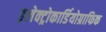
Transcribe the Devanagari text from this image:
इलेक्ट्रोकार्डियोग्राफिक